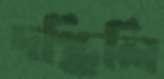
দগ্ধিলি